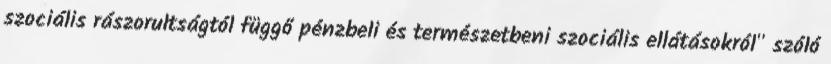
szociális rászorultságtól függő pénzbeli és természetbeni szociális ellátásokról" szóló